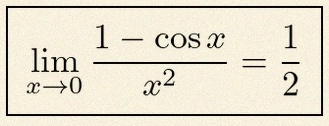
\lim_{x\to0}\frac{1-\cos x}{x^2}=\frac12